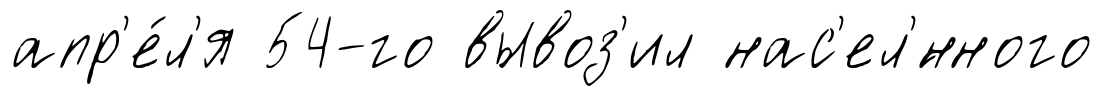
апр'е́л'я 54-го вывоз'ил нас'ел'́нного